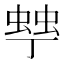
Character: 𧌾